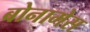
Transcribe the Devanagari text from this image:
बोनामेस